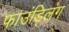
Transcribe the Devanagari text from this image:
फाउंड्लिंग